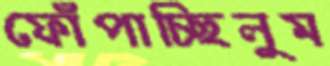
ফোঁপাচ্ছিলুম